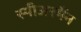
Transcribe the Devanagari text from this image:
स्पीअरमैंन